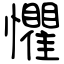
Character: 懼